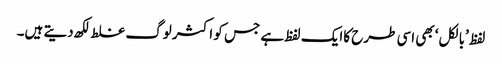
لفظ ’بالکل‘ بھی اسی طرح کاایک لفظ ہے جس کو اکثر لوگ غلط لکھ دیتے ہیں۔